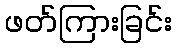
ဖတ်ကြားခြင်း